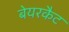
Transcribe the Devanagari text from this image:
बेयरकैट